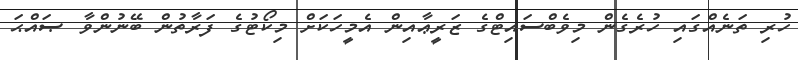
ހުރި ތަނެއްގައި ހުރެގެން މިވެބްސައިޓްގެ ޒަރީޢާއިން އެމީހަކަށް މިކޯޓުގެ ފަރާތުން ބޭނުންވާ ޞައްޙަ